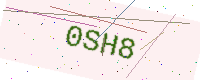
Text: 0SH8